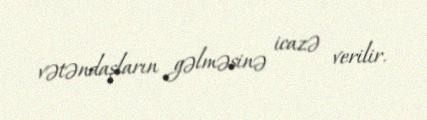
vətəndaşların gəlməsinə icazə verilir.